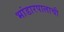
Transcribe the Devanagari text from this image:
भांडारपालाची